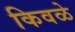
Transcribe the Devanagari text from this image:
किवळे